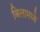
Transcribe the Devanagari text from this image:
बिलामध्ये